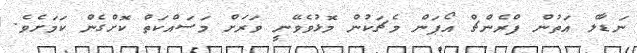
ނަޑާލް އަތުން ފްރެންޗް އޯޕަން މެޗަކުން މޮޅުވެވޭނީ ވަރަށް މަސައްކަތް ކޮށްގެން ކަމަށެވެ.